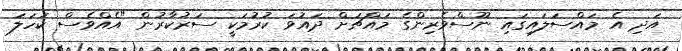
އަދި އެ މައްސަލައިގައި ނޫސްވެރިންގެ މައްޗަށް ދައުވަ ކުރުމަކީ ސަރުކާރުން "އެއްވެސް ކަހަލަ